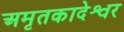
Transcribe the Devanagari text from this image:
अमृतकादेश्वर